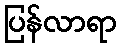
ပြန်လာရာ